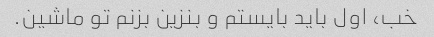
خب، اول باید بایستم و بنزین بزنم تو ماشین.